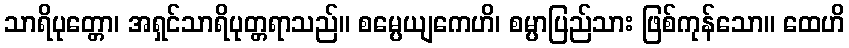
သာရိပုတ္တော၊ အရှင်သာရိပုတ္တရာသည်။ စမ္ပေယျကေဟိ၊ စမ္ပာပြည်သား ဖြစ်ကုန်သော။ ထေဟိ